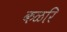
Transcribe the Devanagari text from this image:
कळरि